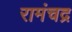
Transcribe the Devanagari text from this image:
रामंचद्र